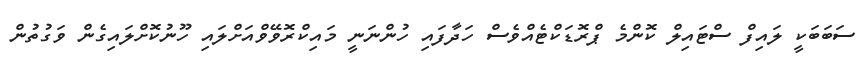
ސަބަބަކީ ލައިފް ސްޓައިލް ކޮންމެ ޕްރޮޑަކްޓެއްވެސް ހަދާފައި ހުންނަނީ މައިކްރޮވޭވްއަށްލައި ހޫނުކޮށްލައިގެން ވަގުތުން